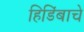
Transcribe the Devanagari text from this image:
हिडिंबाचे